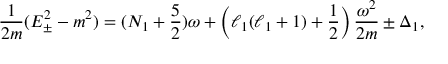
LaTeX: { \frac { 1 } { 2 m } } ( E _ { \pm } ^ { 2 } - m ^ { 2 } ) = ( N _ { 1 } + { \frac { 5 } { 2 } } ) \omega + \left( \ell _ { 1 } ( \ell _ { 1 } + 1 ) + { \frac { 1 } { 2 } } \right) { \frac { \omega ^ { 2 } } { 2 m } } \pm \Delta _ { 1 } ,